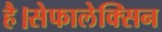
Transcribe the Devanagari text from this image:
है।सेफालेक्सिन